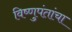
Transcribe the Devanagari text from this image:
विष्णुपंतांचा